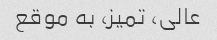
عالی، تمیز، به موقع